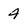
Character: 4